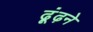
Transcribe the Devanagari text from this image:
ढ़ूंढ़ने